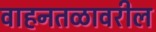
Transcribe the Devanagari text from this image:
वाहनतळावरील